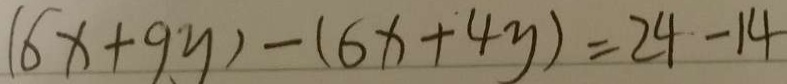
( 6 x + 9 y ) - ( 6 x + 4 y ) = 2 4 - 1 4